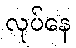
လုပ်နေ